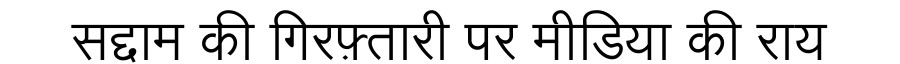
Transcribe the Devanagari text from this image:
सद्दाम की गिरफ़्तारी पर मीडिया की राय